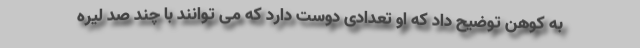
به کوهن توضیح داد که او تعدادی دوست دارد که می توانند با چند صد لیره